Lunatic asylums Madras 1892-1911 - 1892-1911
Year: 1892
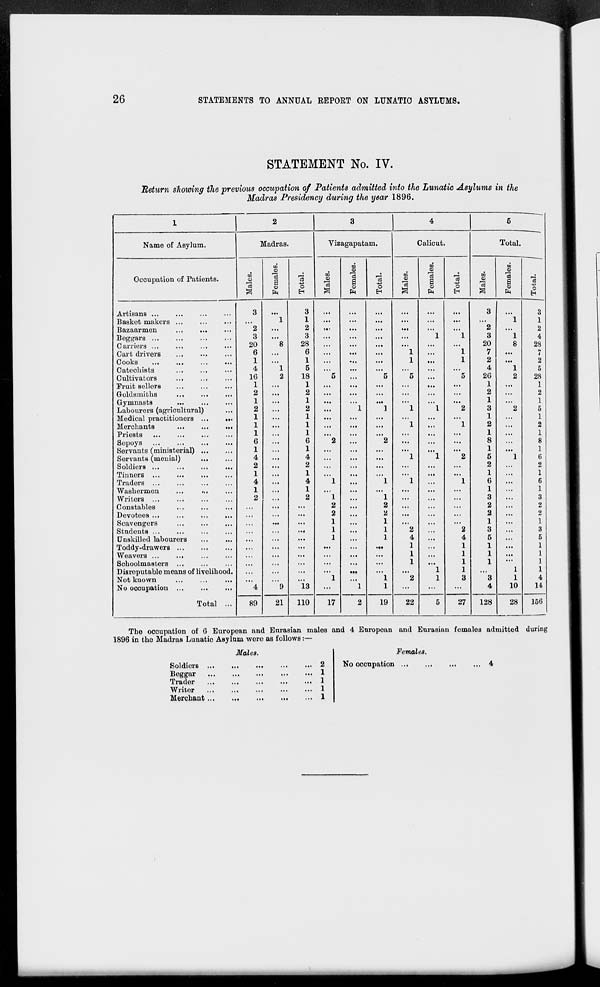
26
STATEMENTS TO ANNUAL REPOET ON LUNATIC ASYLUMS.
STATEMENT No. IV.
Return showing the previous occupation of Patients admitted into the Lunatic Asylums in the
Madras Presidency during the year 1896.
1
2
3
4
6
Name of Asylum.
Madras.
Vizagapatam.
Calicut
Total.
co
f/i
to
to
<o
®
01
3
Occupation of Patients.
eg
d>
'a
n
3
a
CD
3
CD
o
m
"3
a
O
m
9
"3
"3
S
o
m
"3
e8
a
9
*>
O
Artisans ...
3
3
...
...
...
3
3
Basket makers ...
...
...
...
1
1
..
...
...
...
...
1
1
Bazaarmen
...
...
2
..
2
..
.
...
...
...
2
..
2
Beggars ...
3
..
3
..
...
...
1
1
3
1
4
Cari'iers ...
20
8
28
..
...
...
...
20
8
28
Cart drivers
...
6
..
6
.
...
I
1
7
1
Cooks
...
...
...
...
1
..
1
..
...
I
1
2
..
2
Catechists
4
1
5
..
...
...
...
4
1
5
Cultivators
16
2
18
5
5
5
5
26
2
28
Fruit sellers
1
..
1
..
...
...
...
1
..
1
Goldsmiths
..,
2
..
2
..
...
...
...
2
..
2
Gymnasts
1
• •
1
>..
...
...
...
1
..
1
Labourers (agricultural)
2
..
2
..
1
1
1
I
2
3
2
5
Medical practitioners
1
• •
1
...
...
...
...
1
• .
1
Merchants
1
..
1
..
...
1
1
2
..
2
Priests
1
..
1
...
...
...
...
1
..
1
Sepoys
6
..
6
2
2
...
...
8
..
8
Servants (ministerial) ...
1
..
1
..
...
...
...
1
..
1
Servants (menial)
...
4
..
4
..
...
1
1
2
5
1
6
Soldiers ...
2
..
2
...
...
...
2
..
2
Tinners
1
..
1
...
...
1
..
1
Traders
4
..
4
1
1
1
1
6
..
6
Washermen
...
...
1
..
1
,,
...
...
...
1
..
1
Writers ...
2
..
2
1
1
...
...
3
..
3
Constables
..
..
2
2
...
2
..
2
Devotees ...
..
..
2
2
...
...
2
..
2
Scavengers
...
..
1
1
...
...
1
..
1
Students
.4
1
1
2
2
3
..
3
Unskilled labourers
.,
..
1
1
4
4
5
..
S
Toddy-drawers
..
...
1
1
1
..
1
Weavers ...
...
..
..
..
...
1
1
1
..
1
Schoolmasters ...
.,
..
..
...
1
1
1
1
Disreputable means of livelihood.
,,
1 ..
.,
...
...
"l
1
...
1
1
Not known
..
1
,.
1
2
1
3
3
1
4
No occupation ...
Total ...
4
9
13
••
1
1
...
...
...
4
10
14
89
21
] L10
17
2
19
22
5
27
128
28
156
The occupation of 6 European and Eurasian males and 4 European and Eurasian females admitted during
1896 in the Madras Lunatic Asylum were as follows:—
Males
Soldiers
Beggar
Trader
Writer
Merchant
2
1
1
1
1
Females.
No occupation